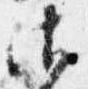
御